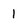
Character: 1